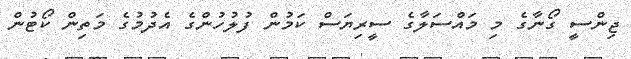
ޖިންސީ ގޯނާގެ މި މައްސަލާގެ ސީރިޔަސް ކަމުން ފުލުހުންގެ އެދުމުގެ މަތިން ކޯޓުން